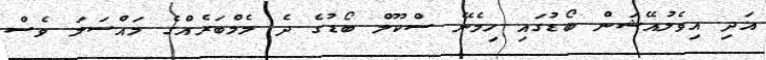
އަދި އިވެލުއޭޝަން ބޯޑުގައި ހިމެނޭ ސްކޫލް ބޯޑުގެ ދެ މެމްބަރެއްގެ މައްސަލަ ވެސް